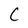
Character: C